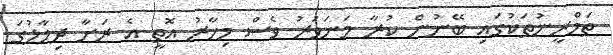
ތަމްރީނުތަކުގައި ބޭނުން ކުރާ މަނަވަރު ވެސް މިހާރު އޮތީ އެ ރަށާ ދިމާލުގަ